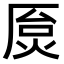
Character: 𫨐